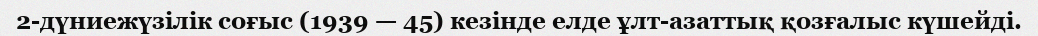
2-дүниежүзілік соғыс (1939 — 45) кезінде елде ұлт-азаттық қозғалыс күшейді.